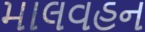
માલવહન